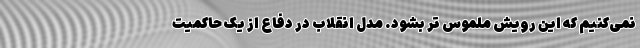
نمی‌کنیم که این رویش ملموس تر بشود. مدل انقلاب در دفاع از یک حاکمیت